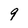
Character: 9